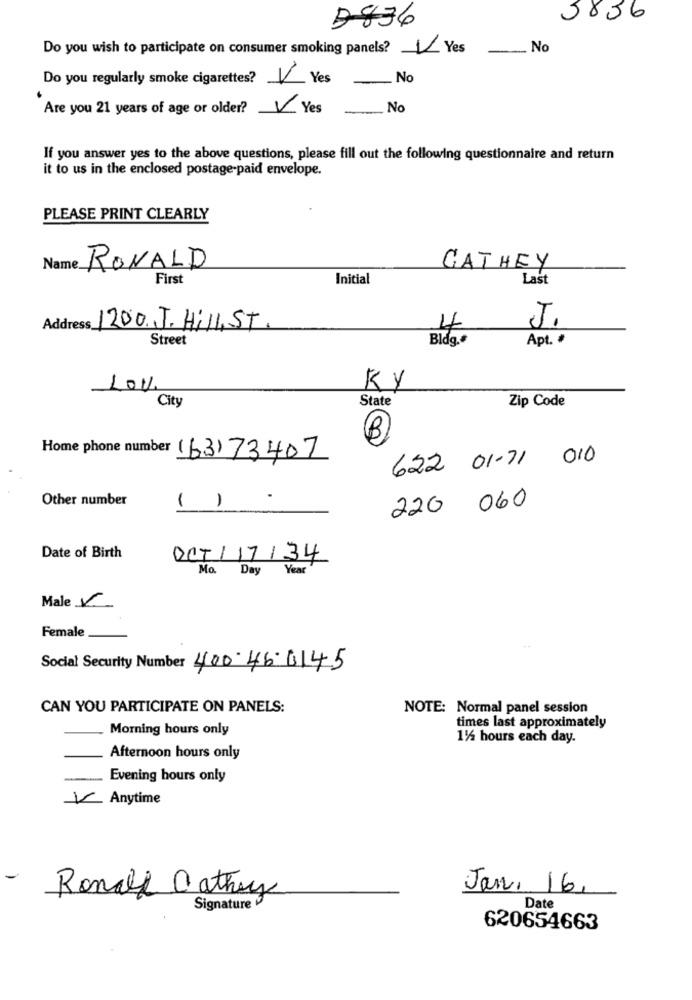
5856
D836
Do you wish to participate on consumer smoking panels? Yes
- No
Do you regularly smoke cigarettes?
V
Yes
- No
Are you 21 years of age or older?
V Yes
- No
If you answer yes to the above questions, please fill out the following questionnaire and return
it to us in the enclosed postage-paid envelope.
PLEASE PRINT CLEARLY
Name
RONALD
CATHEY
First
Initial
Last
J.
Address 1200.J. Hill, ST.
4
Street
Bldg.#
Apt. #
LOV
KY
State
Zip Code
City
00
Home phone number (63)73407
622 01-71 010
Other number
.
( )
220 060
Date of Birth
OCT/17/34
Mo. Day Year
Male V
Female
Social Security Number 400.46.0145
CAN YOU PARTICIPATE ON PANELS:
NOTE: Normal panel session
Morning hours only
times last approximately
1% hours each day.
Afternoon hours only
Evening hours only
V Anytime
-
Ronald Cathay
Jan. 16.
Signature
Date
620654663